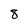
Character: 8